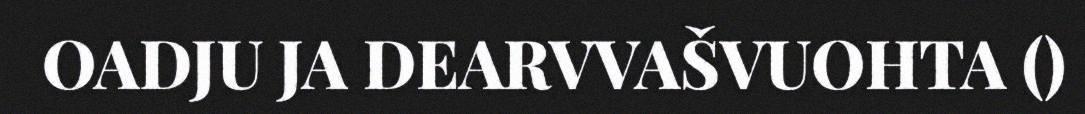
OADJU JA DEARVVAŠVUOHTA ()